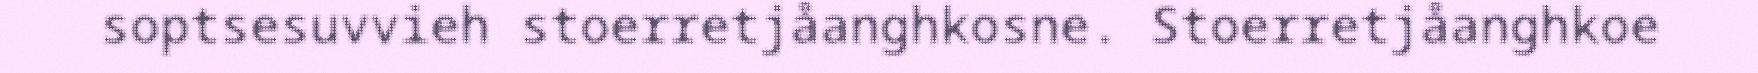
soptsesuvvieh stoerretjåanghkosne. Stoerretjåanghkoe